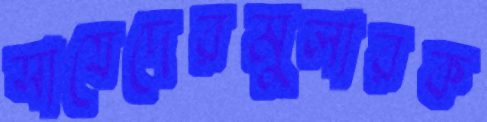
সাযেদেরমুলারক